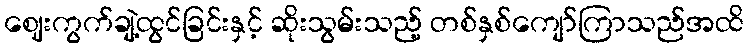
ဈေးကွက်ချဲ့ထွင်ခြင်းနှင့် ဆိုးသွမ်းသည့် တစ်နှစ်ကျော်ကြာသည်အထိ